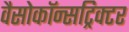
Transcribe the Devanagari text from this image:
वैसोकॉन्सट्रिक्टर